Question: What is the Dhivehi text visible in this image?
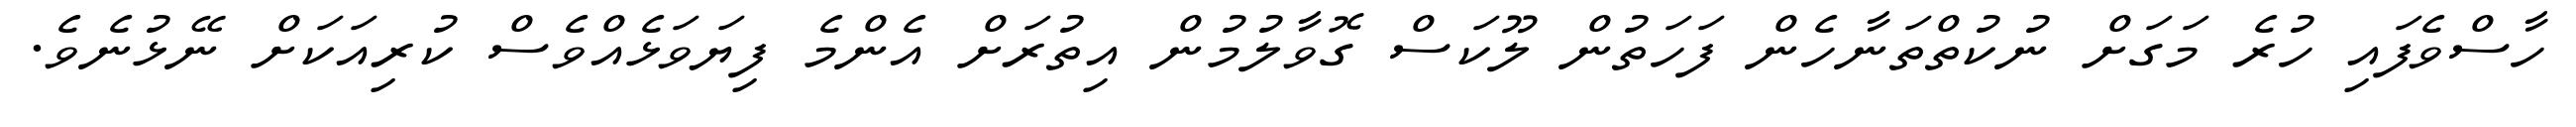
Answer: ހާސްވެފައި ހުރެ މަގަށް ނުކުތްތަނާހެން ފަހަތުން ލޫކަސް ގޮވާލުމުން އިތުރަށް އެންމެ ފިޔަވަޅެއްވެސް ކުރިއަކަށް ނޭޅުނެވެ.